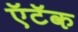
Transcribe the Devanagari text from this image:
ऍटॅक